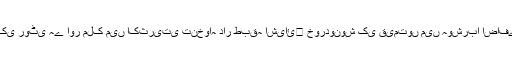
مالی اعتبار سے کمزور عوام کے لیے سب سے بڑا مسئلہ دو وقت کی روٹی ہے اور ملک میں اکثریتی تنخواہ دار طبقہ اشیائ￿ خوردونوش کی قیمتوں میں ہوشربا اضافے سے جتنا متاثر ہوا ہے اس کا اندازہ کسی کو اب تک نہیں ہوا ہے۔